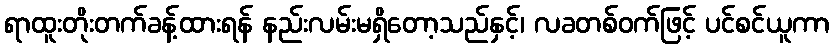
ရာထူးတိုးတက်ခန့်ထားရန် နည်းလမ်းမရှိတော့သည်နှင့်၊ လခတစ်ဝက်ဖြင့် ပင်စင်ယူကာ